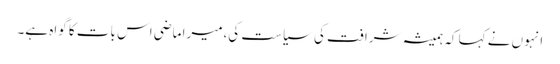
انہوں نے کہا کہ ہمیشہ شرافت کی سیاست کی،میرا ماضی اس بات کا گواہ ہے۔